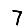
Digit: 7